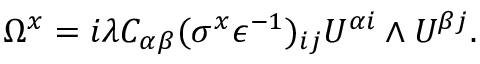
\Omega ^ { x } = i \lambda C _ { \alpha \beta } ( \sigma ^ { x } \epsilon ^ { - 1 } ) _ { i j } { \cal U } ^ { \alpha i } \wedge { \cal U } ^ { \beta j } .